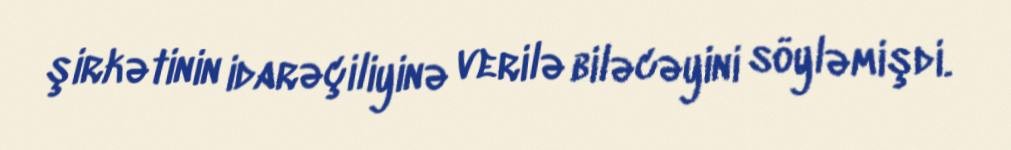
şirkətinin idarəçiliyinə verilə biləcəyini söyləmişdi.